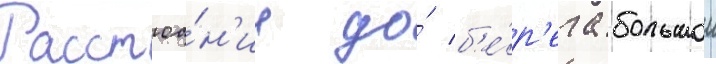
Расстоа́н'ие до́ б'е́р'ега большои